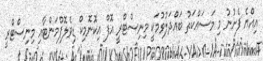
އިއްޔެ ފެށުނު މި މަސައްކަތު ބައްދަލުވުމަކީ މިނިސްޓްރީ އޮފް އިކޮނޮމިކް ޑިވެލޮޕްމަންޓާއި މިނިސްޓްރީ